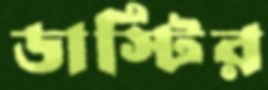
ডাস্টির